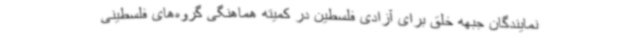
نمایندگان جبهه خلق برای آزادی فلسطین در کمیته هماهنگی گروه‌های فلسطینی